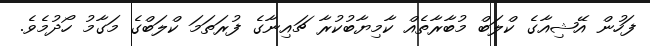
ފަހުން އޭޝިއާގެ ކްލަބް މުބާރާތެއް ކާމިޔާބުކުރާ ޗައިނާގެ ފުރަތަމަ ކްލަބްގެ މަގާމު ހޯދުމެވެ.